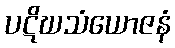
ပဋိဃသံယောဇနံ